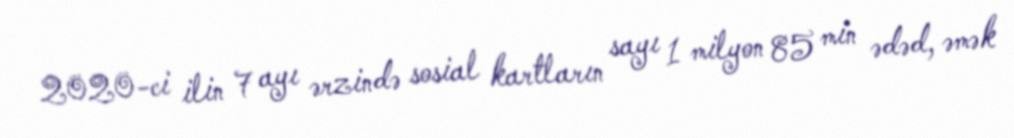
2020-ci ilin 7 ayı ərzində sosial kartların sayı 1 milyon 85 min ədəd, əmək